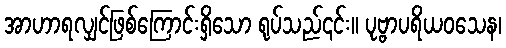
အာဟာရလျှင်ဖြစ်ကြောင်းရှိသော ရုပ်သည်၎င်း။ ပုဗ္ဗာပရိယဝသေန၊